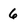
Character: 6